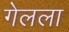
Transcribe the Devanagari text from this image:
गेलला